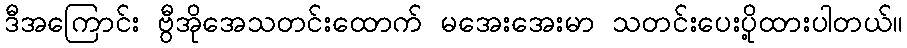
ဒီအကြောင်း ဗွီအိုအေသတင်းထောက် မအေးအေးမာ သတင်းပေးပို့ထားပါတယ်။